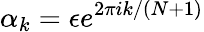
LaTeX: \alpha_{k}=\epsilon e^{2\pi ik/(N+1)}